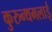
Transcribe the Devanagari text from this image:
कुरुन्थमलाई